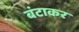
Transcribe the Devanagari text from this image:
बंटाकर